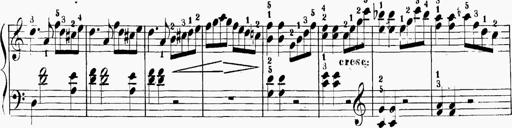
Title: 6 Sonatinas
Composer: Carl Reinecke